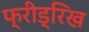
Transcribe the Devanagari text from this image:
फ्रीड्रिख